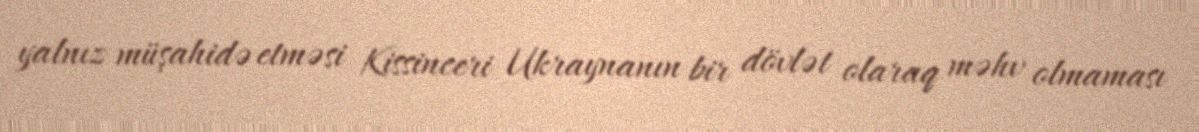
yalnız müşahidə etməsi Kissinceri Ukraynanın bir dövlət olaraq məhv olmaması